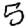
Digit: 5